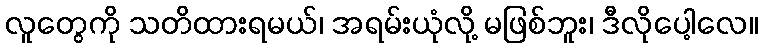
လူတွေကို သတိထားရမယ်၊ အရမ်းယုံလို့ မဖြစ်ဘူး၊ ဒီလိုပေါ့လေ။